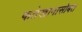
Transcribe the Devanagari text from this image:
फतेखानासोबत